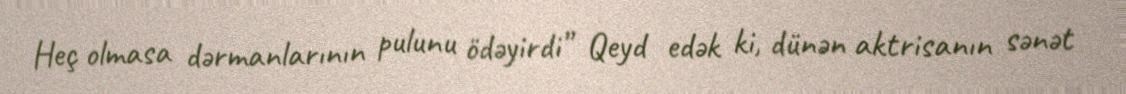
Heç olmasa dərmanlarının pulunu ödəyirdi” Qeyd edək ki, dünən aktrisanın sənət